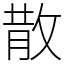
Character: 散